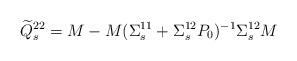
LaTeX: \begin{align*}\widetilde Q_s^{22}& = M - M (\Sigma_s^{11} + \Sigma_s^{12} P_0)^{-1} \Sigma_s^{12} M\end{align*}